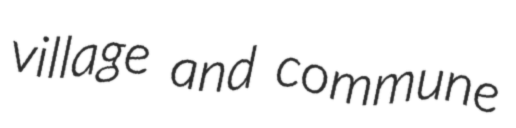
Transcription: village and commune